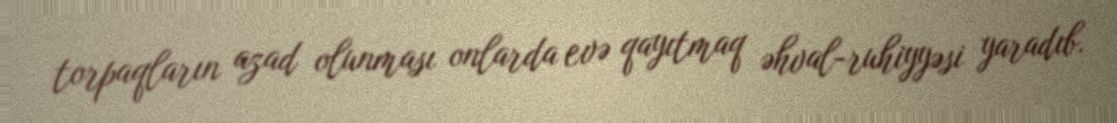
torpaqların azad olunması onlarda evə qayıtmaq əhval-ruhiyyəsi yaradıb.